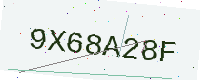
Text: 9X68A28F